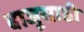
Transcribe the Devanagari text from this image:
बाजूसाठी